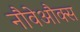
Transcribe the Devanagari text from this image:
नौवेऔक्स